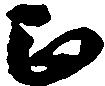
正